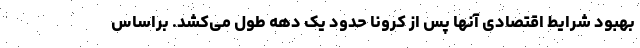
بهبود شرایط اقتصادی آنها پس از کرونا حدود یک دهه طول می‌کشد. براساس